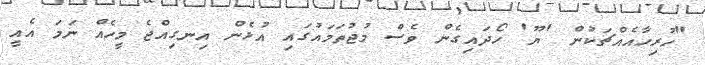
"ހުރިހާއެއްޗަކުން 'ޔޫ' ހޯދައިގެން ވެސް މުޖުތަމައުގައި އުޅެން އިނގިއްޖެ މީހެއް ނަމަ އެއީ